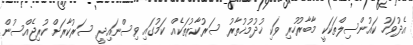
އެދުވަހު ކައުންސިލްތަކަކީ މާބާރުހުރި ވަކި ޚުދުމުޚުތާރު ސަރުކާރުތަކެއް ކަމުގައި ވިސްނައިދީ ސަރުކާރަށް ކުރިޖެއްސުން